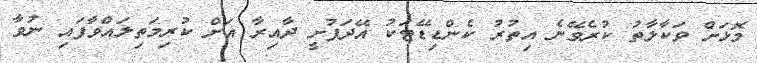
މޮޅަށް ވަކާލާތު ކުރެވޭނެ އިތުރު ކެންޑިޑޭޓަކު އޭދަފުށީ ދާއިރާ އަށް ކުރިމަތިލައްވާފައި ނުވާ